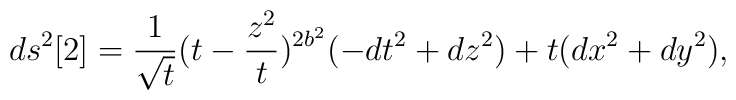
ds^2[2]=\frac{1}{{\sqrt t}}(t-\frac{z^2}{t})^{2 b^2}(-dt^2+dz^2)+t(dx^2+dy^2),